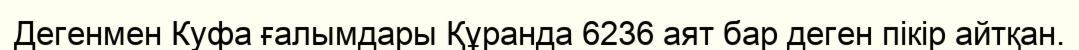
Дегенмен Куфа ғалымдары Құранда 6236 аят бар деген пікір айтқан.